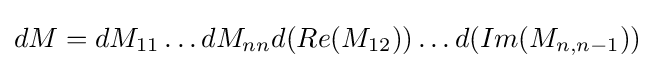
{\textstyle dM=dM_{11}\dots dM_{nn}d(Re(M_{12}))\dots d(Im(M_{n,n-1}))}